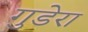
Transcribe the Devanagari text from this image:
गुडेरा